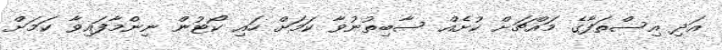
އަދި އިސްތަފާގެ މައްޗަށް ކުށެއް ސާބިތުނުވާ ކަމަށް ހައި ކޯޓުން ނިންމާފައިވާ ކަމަށް